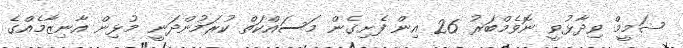
ޝަމީމް ވިދާޅުވީ ނޮވެމްބަރު 26 އިން ފެށިގެން މަސައްކަތް ކުރަމުންދަނީ މުޅިން އާނިޒާމެއްގެ